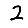
Digit: 2